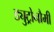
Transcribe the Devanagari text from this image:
ड्युट्रोनौमी